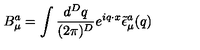
B _ { \mu } ^ { a } = \int \frac { d ^ { D } q } { ( 2 \pi ) ^ { D } } e ^ { i q \cdot x } \tilde { \epsilon } _ { \mu } ^ { a } ( q )